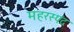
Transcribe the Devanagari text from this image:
महरस्पंद